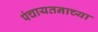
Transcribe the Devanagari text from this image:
पंचायतनाच्या